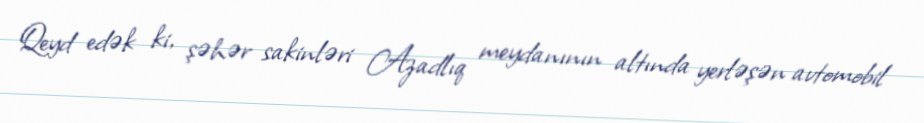
Qeyd edək ki, şəhər sakinləri Azadlıq meydanının altında yerləşən avtomobil